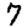
Digit: 7